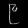
Digit: ၉